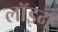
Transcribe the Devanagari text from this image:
लॉइन